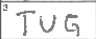
Transcription: TUG